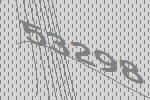
53298